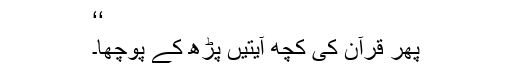
‘‘
پھر قرآن کی کچھ آیتیں پڑھ کے پوچھا۔